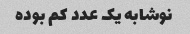
نوشابه یک عدد کم بوده